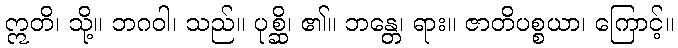
ဣတိ၊ သို့။ ဘဂဝါ၊ သည်။ ပုစ္ဆိ၊ ၏။ ဘန္တေ၊ ရား။ ဇာတိပစ္စယာ၊ ကြောင့်။